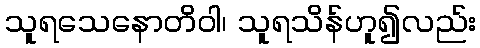
သူရသေနောတိဝါ၊ သူရသိန်ဟူ၍လည်း